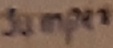
Text: Jumper